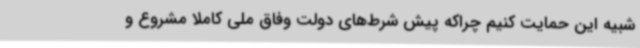
شبیه این حمایت کنیم چراکه پیش شرط‌های دولت وفاق ملی کاملا مشروع و